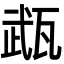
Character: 𤭎